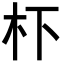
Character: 𭩙